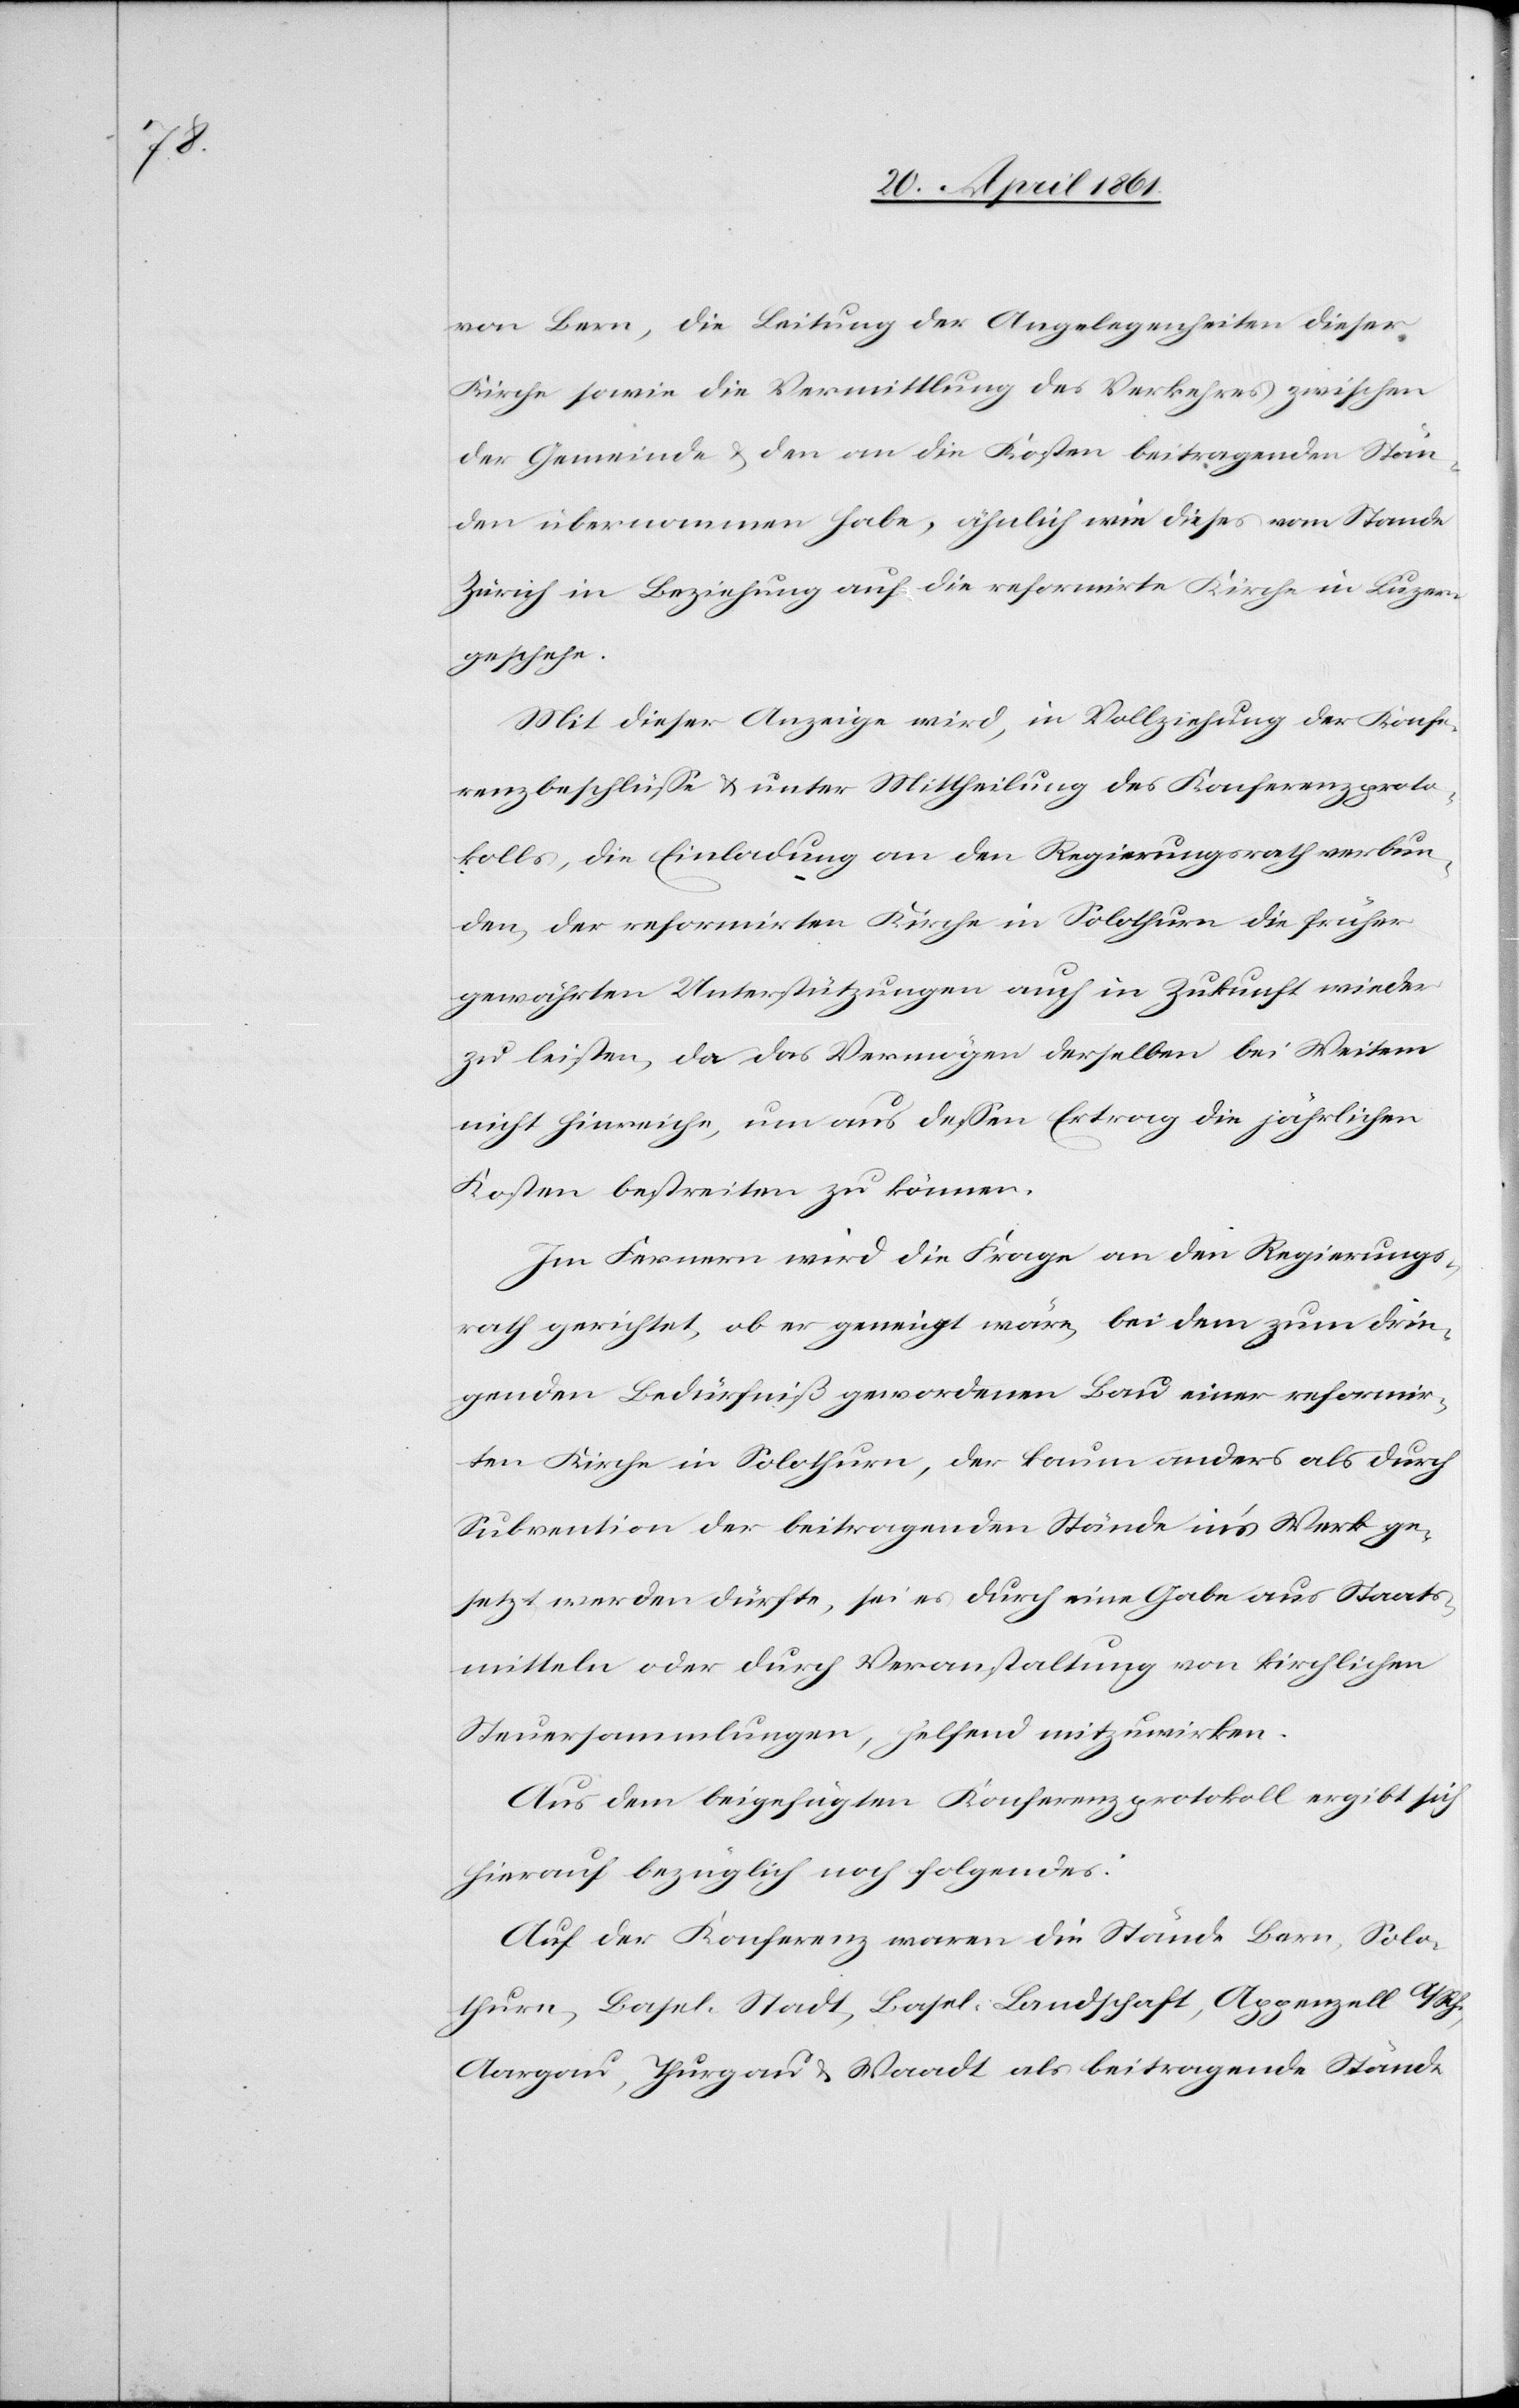
von Bern, die Leitung der Angelegenheiten dieser
Kirche sowie die Vermittlung des Verkehres zwischen
der Gemeinde u. den an die Kosten beitragenden Stän¬
den übernommen habe, ähnlich wie dieses vom Stande
Zürich in Beziehung auf die reformirte Kirche in Luzern
geschehe.
Mit dieser Anzeige wird, in Vollziehung der Konfe¬
renzbeschlüsse u. unter Mittheilung des Konferenzproto¬
kolls, die Einladung an den Regierungsrath verbun¬
den, der reformirten Kirche in Solothurn die früher
gewährten Unterstützungen auch in Zukunft wieder
zu leisten, da das Vermögen derselben bei Weitem
nicht hinreiche, um aus dessen Ertrag die jährlichen
Kosten bestreiten zu können.
Im Fernern wird die Frage an den Regierungs¬
rath gerichtet, ob er geneigt wäre, bei dem zum drin¬
genden Bedürfniß gewordene Bau einer reformir¬
ten Kirche in Solothurn, der kaum anders als durch
Subvention der beitragenden Stände in’s Werk ge¬
setzt werden dürfte, sei es durch eine Gabe aus Staats¬
mitteln oder durch Veranstaltung von kirchlichen
Steuersammlungen, helfend mitzuwirken.
Aus dem beigefügten Konferenzprotokoll ergibt sich
hierauf bezüglich noch folgendes:
Auf der Konferenz waren die Stände Bern, Solo¬
thurn, Basel-Stadt, Basel-Landschaft, Appenzell A/Rh.,
Aargau, Thurgau u. Waadt als beitragende Stände